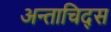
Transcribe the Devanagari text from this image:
अन्ताचिद्स